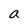
Character: a